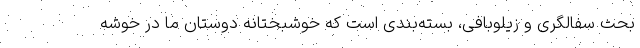
بحث سفالگری و زیلوبافی، بسته‌بندی است که خوشبختانه دوستان ما در خوشه